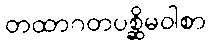
တထာဂတပစ္ဆိမဝါစာ